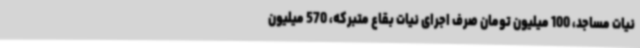
نیات مساجد، 100 میلیون تومان صرف اجرای نیات بقاع متبرکه، 570 میلیون